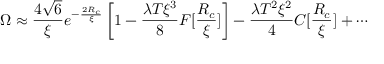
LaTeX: \Omega \approx \frac { 4 \sqrt { 6 } } { \xi } e ^ { - \frac { 2 R _ { c } } { \xi } } \left[ 1 - \frac { \lambda T \xi ^ { 3 } } { 8 } F [ \frac { R _ { c } } { \xi } ] \right] - \frac { \lambda T ^ { 2 } \xi ^ { 2 } } { 4 } C [ \frac { R _ { c } } { \xi } ] + \cdots